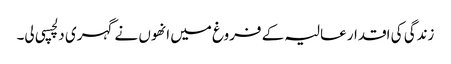
زندگی کی اقدار عالیہ کے فروغ میں انھوں نے گہری دلچسپی لی۔